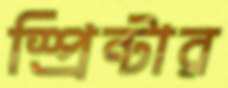
স্প্রিন্টার